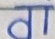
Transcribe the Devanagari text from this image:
दा